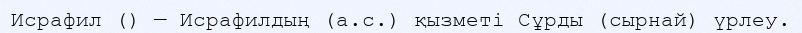
Исрафил () — Исрафилдың (а.с.) қызметі Сұрды (сырнай) үрлеу.